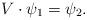
LaTeX: \begin{align*}V\cdot\psi_1=\psi_2.\end{align*}